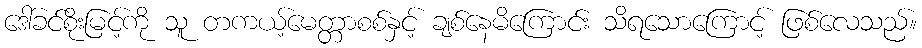
ဒေါ်ခင်စိုးမြင့်ကို သူ တကယ့်မေတ္တာစစ်နှင့် ချစ်နေမိကြောင်း သိရသောကြောင့် ဖြစ်လေသည်။